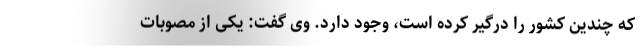
که چندین کشور را درگیر کرده است، وجود دارد. وی گفت: یکی از مصوبات